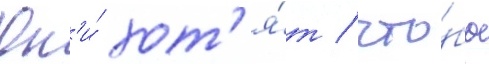
Он'и́ хот'я́т / что́бы